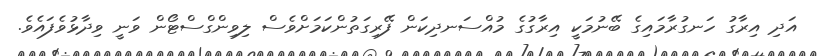
އަދި އިރާގު ހަނގުރާމައިގެ ބޭނުމަކީ އިރާގުގެ މުއްސަނދިކަން ފޭރިގަތުންކަމަށްވެސް ލިވިންގްސްޓޯން ވަނީ ވިދާޅުވެފައެވެ.